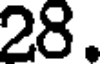
28.